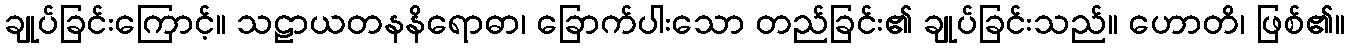
ချုပ်ခြင်းကြောင့်။ သဠာယတနနိရောဓာ၊ ခြောက်ပါးသော တည်ခြင်း၏ ချုပ်ခြင်းသည်။ ဟောတိ၊ ဖြစ်၏။